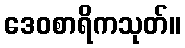
ဒေဝစာရိကသုတ်။